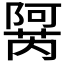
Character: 𬯜